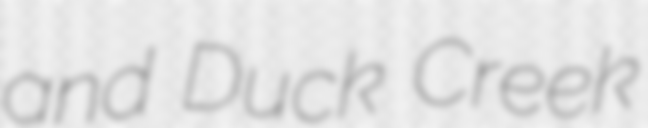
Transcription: and Duck Creek